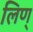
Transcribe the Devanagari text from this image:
लिण्